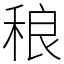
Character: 稂